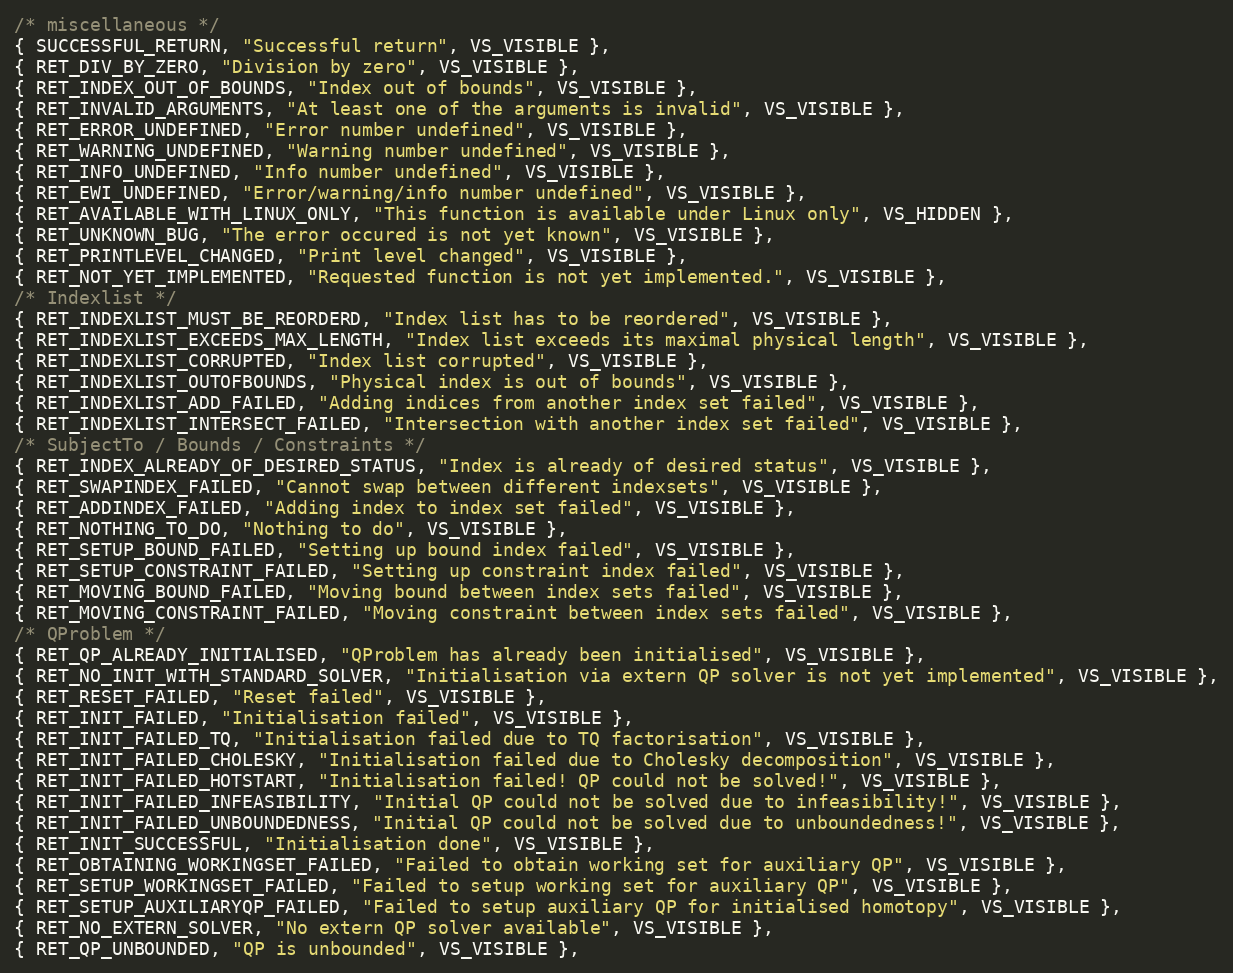
Language: C++
/* miscellaneous */
{ SUCCESSFUL_RETURN, "Successful return", VS_VISIBLE },
{ RET_DIV_BY_ZERO, "Division by zero", VS_VISIBLE },
{ RET_INDEX_OUT_OF_BOUNDS, "Index out of bounds", VS_VISIBLE },
{ RET_INVALID_ARGUMENTS, "At least one of the arguments is invalid", VS_VISIBLE },
{ RET_ERROR_UNDEFINED, "Error number undefined", VS_VISIBLE },
{ RET_WARNING_UNDEFINED, "Warning number undefined", VS_VISIBLE },
{ RET_INFO_UNDEFINED, "Info number undefined", VS_VISIBLE },
{ RET_EWI_UNDEFINED, "Error/warning/info number undefined", VS_VISIBLE },
{ RET_AVAILABLE_WITH_LINUX_ONLY, "This function is available under Linux only", VS_HIDDEN },
{ RET_UNKNOWN_BUG, "The error occured is not yet known", VS_VISIBLE },
{ RET_PRINTLEVEL_CHANGED, "Print level changed", VS_VISIBLE },
{ RET_NOT_YET_IMPLEMENTED, "Requested function is not yet implemented.", VS_VISIBLE },
/* Indexlist */
{ RET_INDEXLIST_MUST_BE_REORDERD, "Index list has to be reordered", VS_VISIBLE },
{ RET_INDEXLIST_EXCEEDS_MAX_LENGTH, "Index list exceeds its maximal physical length", VS_VISIBLE },
{ RET_INDEXLIST_CORRUPTED, "Index list corrupted", VS_VISIBLE },
{ RET_INDEXLIST_OUTOFBOUNDS, "Physical index is out of bounds", VS_VISIBLE },
{ RET_INDEXLIST_ADD_FAILED, "Adding indices from another index set failed", VS_VISIBLE },
{ RET_INDEXLIST_INTERSECT_FAILED, "Intersection with another index set failed", VS_VISIBLE },
/* SubjectTo / Bounds / Constraints */
{ RET_INDEX_ALREADY_OF_DESIRED_STATUS, "Index is already of desired status", VS_VISIBLE },
{ RET_SWAPINDEX_FAILED, "Cannot swap between different indexsets", VS_VISIBLE },
{ RET_ADDINDEX_FAILED, "Adding index to index set failed", VS_VISIBLE },
{ RET_NOTHING_TO_DO, "Nothing to do", VS_VISIBLE },
{ RET_SETUP_BOUND_FAILED, "Setting up bound index failed", VS_VISIBLE },
{ RET_SETUP_CONSTRAINT_FAILED, "Setting up constraint index failed", VS_VISIBLE },
{ RET_MOVING_BOUND_FAILED, "Moving bound between index sets failed", VS_VISIBLE },
{ RET_MOVING_CONSTRAINT_FAILED, "Moving constraint between index sets failed", VS_VISIBLE },
/* QProblem */
{ RET_QP_ALREADY_INITIALISED, "QProblem has already been initialised", VS_VISIBLE },
{ RET_NO_INIT_WITH_STANDARD_SOLVER, "Initialisation via extern QP solver is not yet implemented", VS_VISIBLE },
{ RET_RESET_FAILED, "Reset failed", VS_VISIBLE },
{ RET_INIT_FAILED, "Initialisation failed", VS_VISIBLE },
{ RET_INIT_FAILED_TQ, "Initialisation failed due to TQ factorisation", VS_VISIBLE },
{ RET_INIT_FAILED_CHOLESKY, "Initialisation failed due to Cholesky decomposition", VS_VISIBLE },
{ RET_INIT_FAILED_HOTSTART, "Initialisation failed! QP could not be solved!", VS_VISIBLE },
{ RET_INIT_FAILED_INFEASIBILITY, "Initial QP could not be solved due to infeasibility!", VS_VISIBLE },
{ RET_INIT_FAILED_UNBOUNDEDNESS, "Initial QP could not be solved due to unboundedness!", VS_VISIBLE },
{ RET_INIT_SUCCESSFUL, "Initialisation done", VS_VISIBLE },
{ RET_OBTAINING_WORKINGSET_FAILED, "Failed to obtain working set for auxiliary QP", VS_VISIBLE },
{ RET_SETUP_WORKINGSET_FAILED, "Failed to setup working set for auxiliary QP", VS_VISIBLE },
{ RET_SETUP_AUXILIARYQP_FAILED, "Failed to setup auxiliary QP for initialised homotopy", VS_VISIBLE },
{ RET_NO_EXTERN_SOLVER, "No extern QP solver available", VS_VISIBLE },
{ RET_QP_UNBOUNDED, "QP is unbounded", VS_VISIBLE },